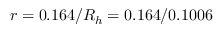
r = 0 . 1 6 4 / R _ { h } = 0 . 1 6 4 / 0 . 1 0 0 6